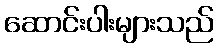
ဆောင်းပါးများသည်